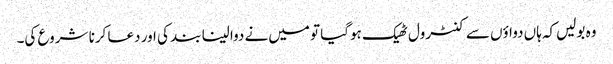
وہ بولیں‌کہ ہاں دواؤں سے کنٹرول ٹھیک ہوگیا تو میں‌نے دوا لینا بند کی اور دعا کرنا شروع کی۔